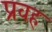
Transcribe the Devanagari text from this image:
प्रवह